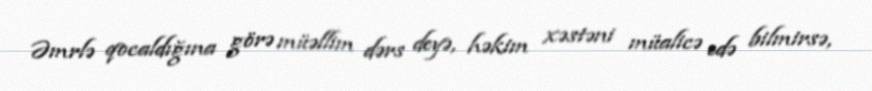
Əmrlə qocaldığına görə müəllim dərs deyə, həkim xəstəni müalicə edə bilmirsə,